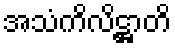
အသံကိလိဋ္ဌာတိ